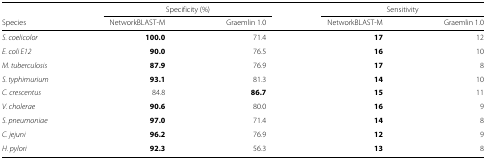
|  | <COLSPAN=2> Specificity (%) | <COLSPAN=2> Sensitivity |
 | Species | NetworkBLAST-M | Graemlin 1.0 | NetworkBLAST-M | Graemlin 1.0 |
 | --- | --- | --- | --- | --- |
 | S. coelicolor | 100.0 | 71.4 | 17 | 12 |
 | E. coli E12 | 90.0 | 76.5 | 16 | 10 |
 | M. tuberculosis | 87.9 | 76.9 | 17 | 8 |
 | S. typhimurium | 93.1 | 81.3 | 14 | 10 |
 | C. crescentus | 84.8 | 86.7 | 15 | 11 |
 | V. cholerae | 90.6 | 80.0 | 16 | 9 |
 | S. pneumoniae | 97.0 | 71.4 | 14 | 8 |
 | C. jejuni | 96.2 | 76.9 | 12 | 9 |
 | H. pylori | 92.3 | 56.3 | 13 | 8 |